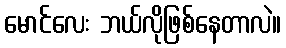
မောင်လေး ဘယ်လိုဖြစ်နေတာလဲ။